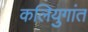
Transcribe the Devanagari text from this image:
कलियुगांत